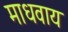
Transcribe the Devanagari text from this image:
माधवाय